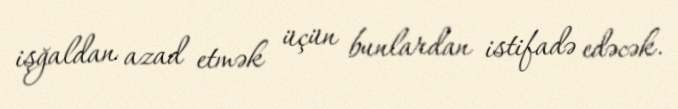
işğaldan azad etmək üçün bunlardan istifadə edəcək.